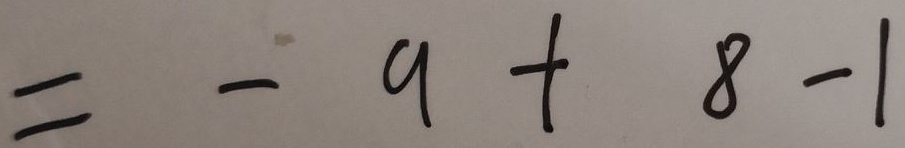
= - 9 + 8 - 1